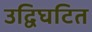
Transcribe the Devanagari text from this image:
उद्विघटित